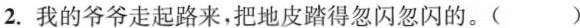
2.我的爷爷走起路来，把地皮踏得忽闪忽闪的。()